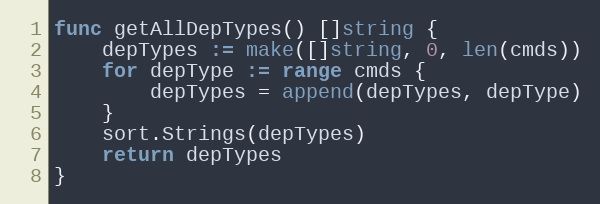
Language: Go
func getAllDepTypes() []string {
	depTypes := make([]string, 0, len(cmds))
	for depType := range cmds {
		depTypes = append(depTypes, depType)
	}
	sort.Strings(depTypes)
	return depTypes
}